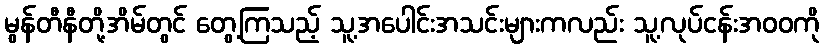
မွန်တီနီတို့အိမ်တွင် တွေ့ကြသည့် သူ့အပေါင်းအသင်းများကလည်း သူ့လုပ်ငန်းအဝဝကို